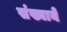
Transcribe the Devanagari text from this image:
संख्यायेँ